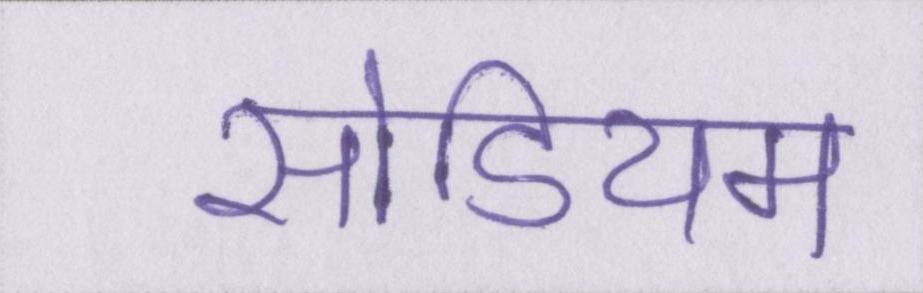
सोडियम